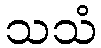
သသံ